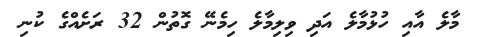
މާލެ އާއި ހުޅުމާލެ އަދި ވިލިމާލެ ހިމެނޭ ގޮތުން 32 ރަށެއްގެ ކުނި